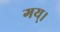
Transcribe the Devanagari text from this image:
गय्।